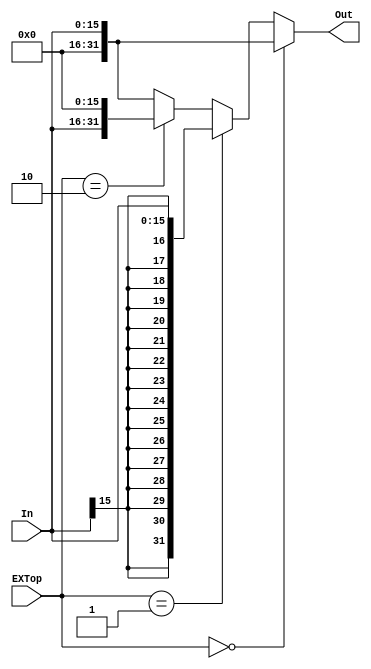
`timescale 1ns / 1ps
//////////////////////////////////////////////////////////////////////////////////
// Company: 
// Engineer: 
// 
// Design Name: 
// Module Name:    EXT 
// Project Name: 
// Target Devices: 
// Tool versions: 
// Description: 
//
// Dependencies: 
//
// Revision: 
// Revision 0.01 - File Created
// Additional Comments: 
//
//////////////////////////////////////////////////////////////////////////////////
 module EXT(
    input [15:0] In,
    input [1:0] EXTop,
    output [31:0] Out
    );
 	
 	assign Out = (EXTop == 2'b00) ? {16'h0000,In} :
 					 (EXTop == 2'b01) ? {{16{In[15]}},In} :
 					 (EXTop == 2'b10) ? {In,16'h0000} :
 									   {16'h0000,In};

endmodule